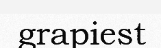
grapiest